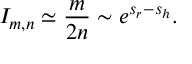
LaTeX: I _ { m , n } \simeq \frac { m } { 2 n } \sim e ^ { s _ { r } - s _ { h } } .